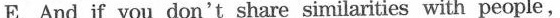
E. And if you don't share similarities with people,